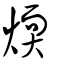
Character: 煗